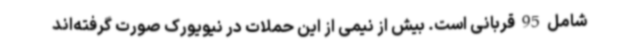
شامل 95 قربانی است. بیش از نیمی از این حملات در نیویورک صورت گرفته‌اند